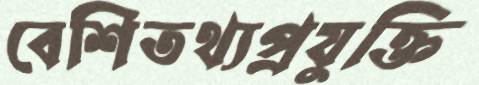
বেশিতথ্যপ্রযুক্তি